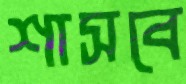
শাসবে